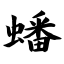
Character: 蟠